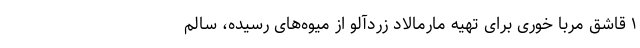
۱ قاشق مربا خوری برای تهیه مارمالاد زردآلو از میوه‌های رسیده، سالم